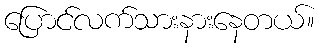
ပြောင်လက်သားနားနေတယ်။